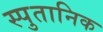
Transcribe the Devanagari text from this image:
स्पुतानिक